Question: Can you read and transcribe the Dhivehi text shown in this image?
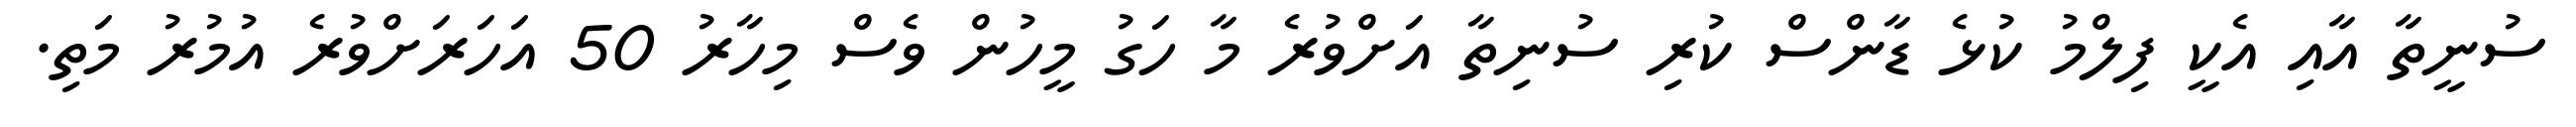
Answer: ސުނީތާ އާއި އެކީ ފިލްމު ކުޅެ ޑާންސް ކުރި ސުނިތާ އަށްވުރެ މާ ހަގު މީހުން ވެސް މިހާރު 50 އަހަރަށްވުރެ އުމުރު މަތި.